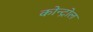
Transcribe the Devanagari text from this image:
कोन्ट्रोल